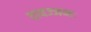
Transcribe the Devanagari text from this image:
तावज्जनः